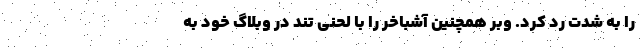
را به شدت رد کرد. وبر همچنین آشباخر را با لحنی تند در وبلاگ خود به